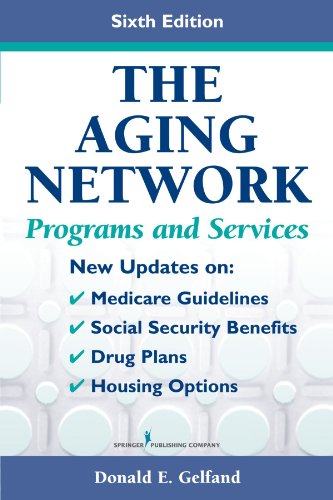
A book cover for The Aging Network: Programs and Services, Sixth Edition; Medical Books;